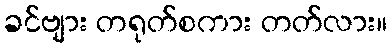
ခင်ဗျား တရုတ်စကား တတ်လား။